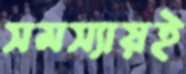
সমস্যায়ই